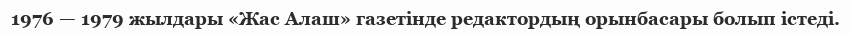
1976 — 1979 жылдары «Жас Алаш» газетінде редактордың орынбасары болып істеді.